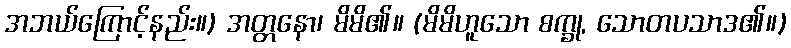
အဘယ်ကြောင့်နည်း။) အတ္တနော၊ မိမိ၏။ (မိမိဟူသော စက္ခု, သောတပသာဒ၏။)